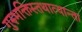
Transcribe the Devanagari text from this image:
गुरुभक्तिस्तथात्यान्ता